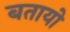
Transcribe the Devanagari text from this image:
बतायो